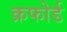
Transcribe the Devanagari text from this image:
क्रफोर्ड